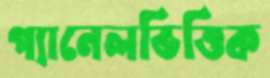
প্যানেলভিত্তিক